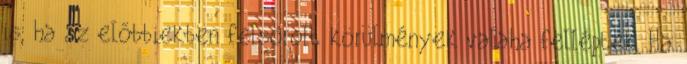
is, ha az előbbiekben felsorolt körülmények valaha felléptek. Ha